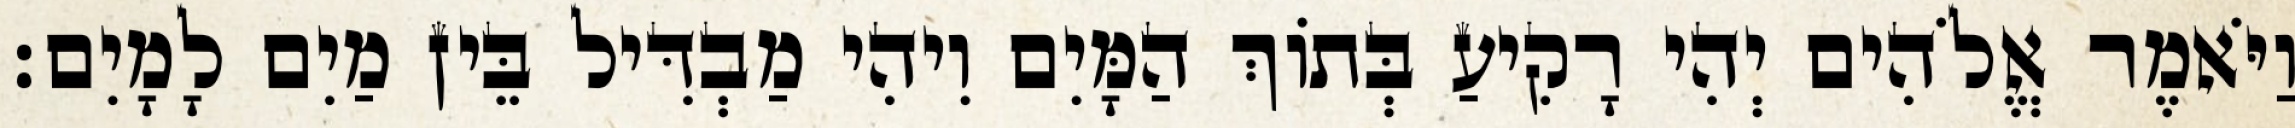
וַיֹּאמֶר אֱלֹהִים יְהִי רָקִיעַ בְּתֹוךְ הַמָּיִם וִיהִי מַבְדִּיל בֵּין מַיִם לָמָיִם׃